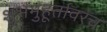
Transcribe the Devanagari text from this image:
शुभमुहूर्तावरच